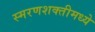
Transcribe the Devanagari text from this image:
स्मरणशक्तीमध्ये